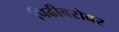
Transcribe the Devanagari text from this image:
पिढीबरोबर